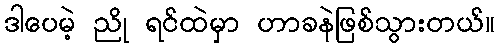
ဒါပေမဲ့ ညို ရင်ထဲမှာ ဟာခနဲဖြစ်သွားတယ်။